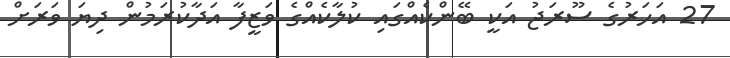
27 އަހަރުގެ ސޫރަޖު އަކީ ބޭންކެއްގައި ކުލާކެއްގެ ވަޒީފާ އަދާކުރަމުން ދިޔަ ވަރަށް